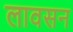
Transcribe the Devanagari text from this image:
लावसन